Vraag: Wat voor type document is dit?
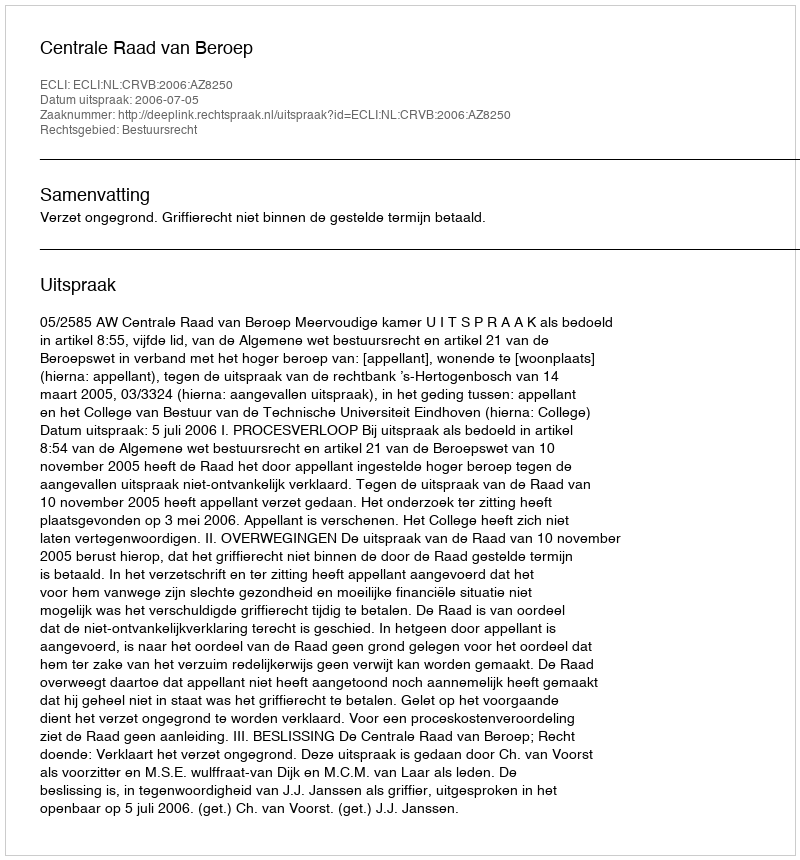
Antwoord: Uitspraak